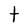
Character: t